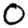
Digit: 0